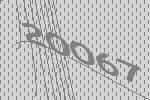
20067